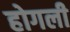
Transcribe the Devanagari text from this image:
होगली